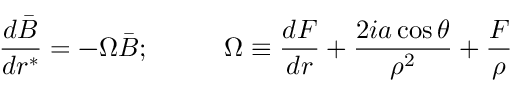
\frac { d \bar { B } } { d r ^ { * } } = - \Omega \bar { B } ; \; \; \; \; \; \; \; \; \; \; \Omega \equiv \frac { d F } { d r } + \frac { 2 i a \cos \theta } { \rho ^ { 2 } } + \frac { F } { \rho }